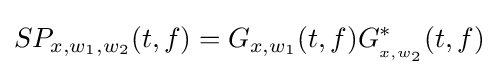
S{P_{x,{w_{1}},{w_{2}}}}(t,f)={G_{x,{w_{1}}}}(t,f)G_{_{x,{w_{2}}}}^{*}(t,f)